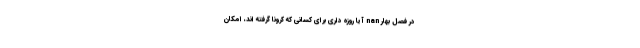
در فصل بهار nan آیا روزه داری برای کسانی که کرونا گرفته اند، امکان